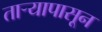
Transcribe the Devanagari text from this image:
तार्‍यापासून